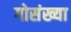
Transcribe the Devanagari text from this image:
गोसंख्या